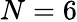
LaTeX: N=6